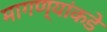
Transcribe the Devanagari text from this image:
मागण्यांकडे